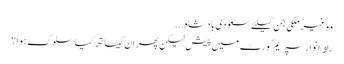
وہ غیرملکی جن کیلئے سعودی بادشاہ...
راﺅ انوار سپریم کورٹ میں پیش لیکن پھر ان کیساتھ کیا سلوک ہوا ؟